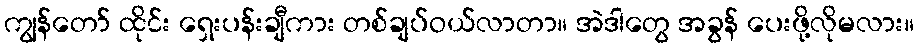
ကျွန်တော် ထိုင်း ရှေးပန်းချီကား တစ်ချပ်ဝယ်လာတာ။ အဲဒါတွေ အခွန် ပေးဖို့လိုမလား။